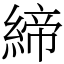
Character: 締